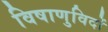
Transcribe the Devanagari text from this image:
विषाणुविदों